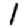
Digit: 1